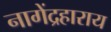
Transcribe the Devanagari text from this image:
नागेंद्रहाराय